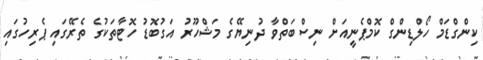
ކިންގްޑަމް ހޯލްޑިންގް ކޮމްޕެނީއަށް ނިސްބަތްވާ ދުނިޔޭގެ މަޝްހޫރު އަގުބޮޑު ހޮޓާތަކުގެ ތެރޭގައި ޕެރިހުގައި